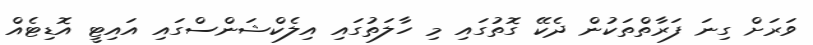
ވަރަށް ގިނަ ފަރާތްތަކުން ދެކޭ ގޮތުގައި މި ހާލަތުގައި އިލެކްޝަންސްގައި އައިޓީ އޮޑިޓެއް